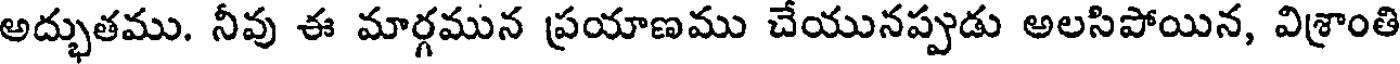
అద్భుతము. నీవు ఈ మార్గమున ప్రయాణము చేయునప్పుడు అలసిపోయిన, విశ్రాంతి